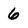
Character: 6